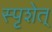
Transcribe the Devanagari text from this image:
स्पृशेत्